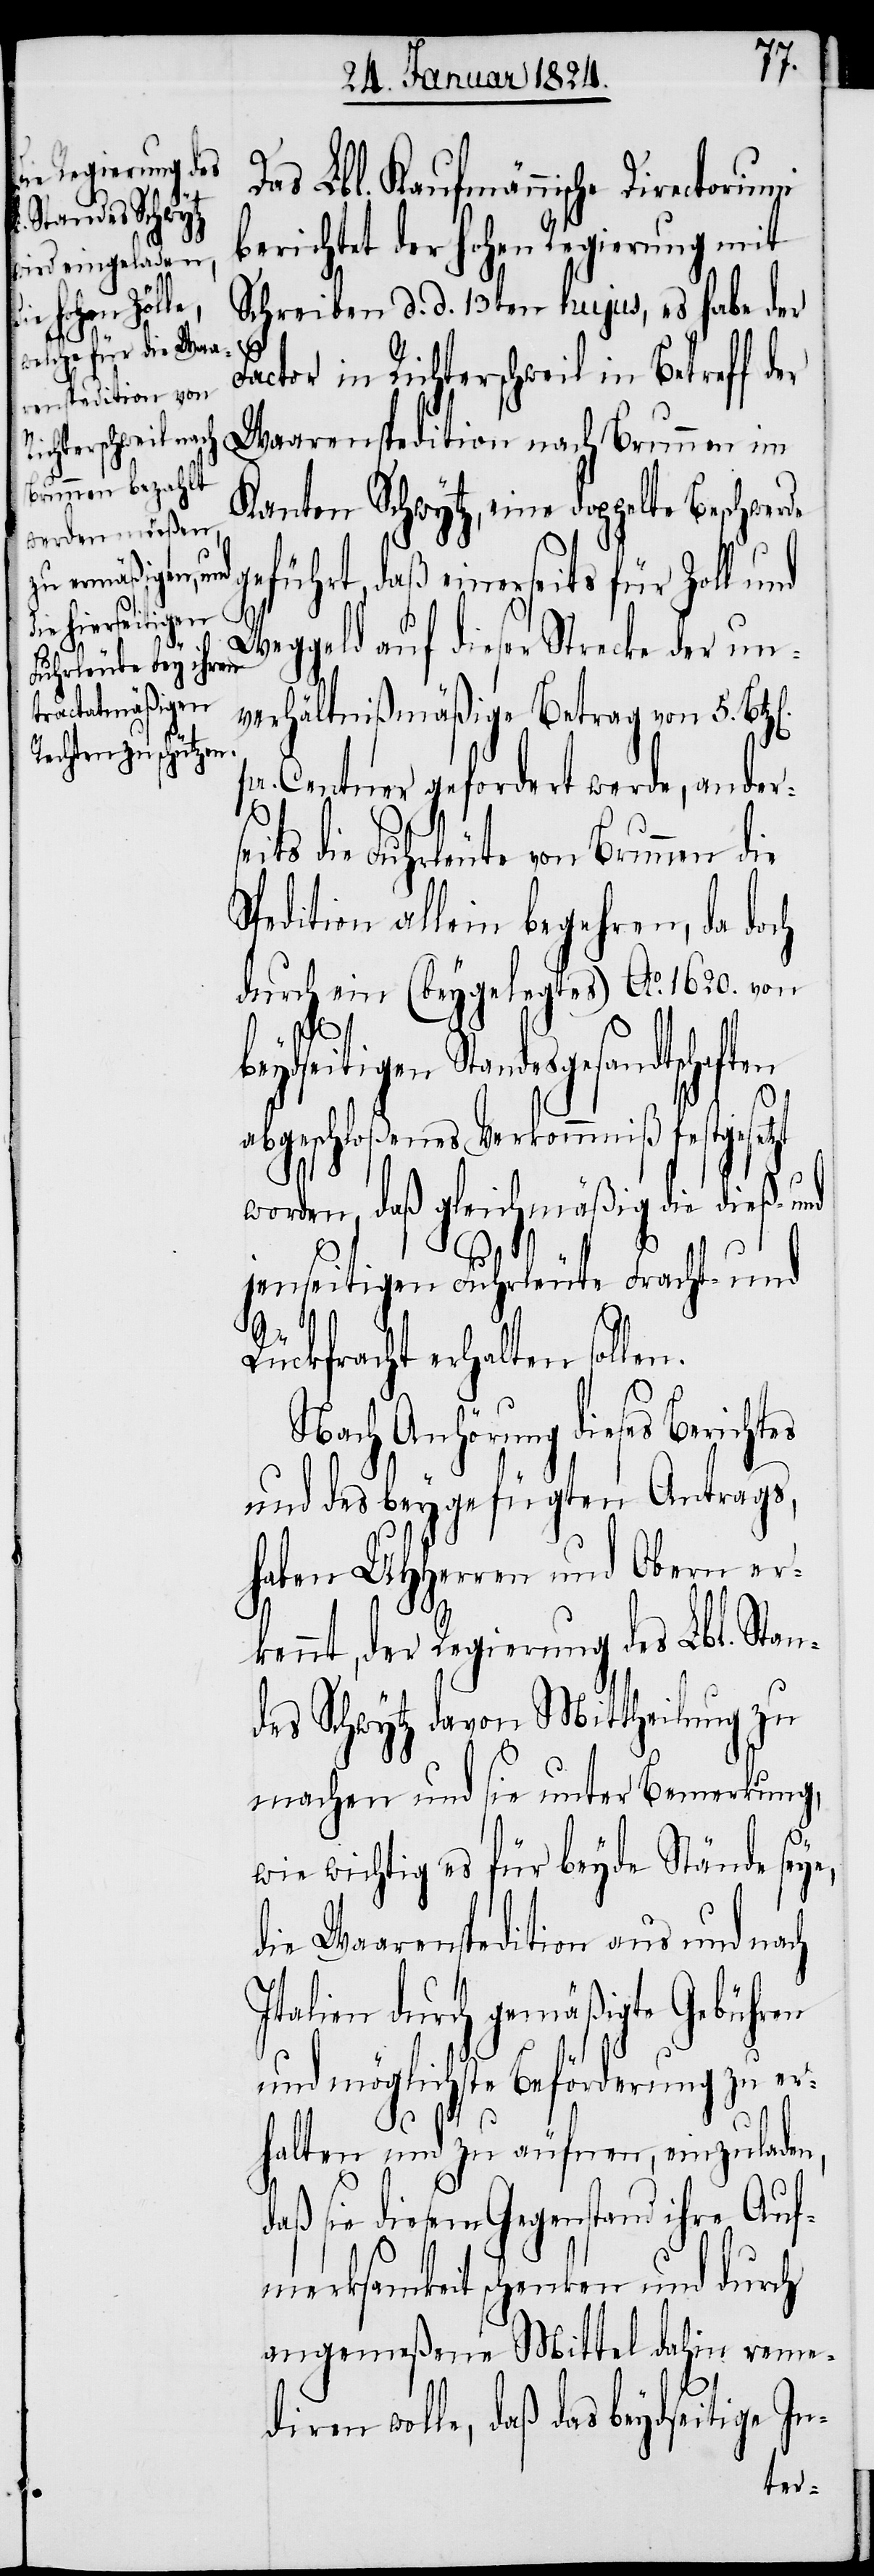
beyds¬

Das Lbl. Kaufmännische Directorium¬
erichtet der hohen Regierung mit
Schreiben d. d. 13ten hujus, es habe der
Factor in Richterschweil in Betreff der
Waarenspedition nach Brunnen im
Kanton Schwytz, eine doppelte Beschwerde
geführt, daß einerseits für Zoll und
Weggeld auf dieser Strecke der un¬
verhältnißmäßige Betrag von 5. Bt¬
Centner gefordert werde, ander¬
Spedition allein begehren, da doch
durch ein (beygelegtes) Ao. 1620. von
eitigen Standesgesandtschaften
abgeschloßenes Verkommniß festgeset¬
worden, daß gleichmäßig die dieß- und
len.
jenseitigen Fuhrleute Fracht- und
Rückfracht erhalten sol¬
Nach Anhörung dieses Berichtes
und des beygefügten Antrags,
haben UHHerren und Obern er¬
kennt, der Regierung des Lbl. Stan¬
des Schwytz davon Mittheilung zu
machen und sie unter Bemerkung,
wie wichtig es für beyde Stände seye,
die Waarenspedition aus und nach
Italien durch gemäßigte Gebühren
und möglichste Beförderung zu er¬
halten und zu äufnen, einzuladen,
daß sie diesem Gegenstand ihre Auf¬
merksamkeit schenken und durch
angemeßene Mittel dahin reme¬
diren wolle, daß das beydseitige In-